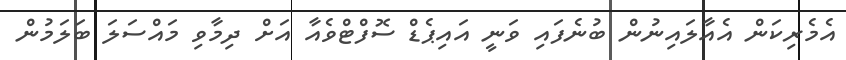
އެމެރިކަން އެއާލައިނުން ބުނެފައި ވަނީ އައިޕެޑް ސޮފްޓްވެއާ އަށް ދިމާވި މައްސަލަ ބަލަމުން